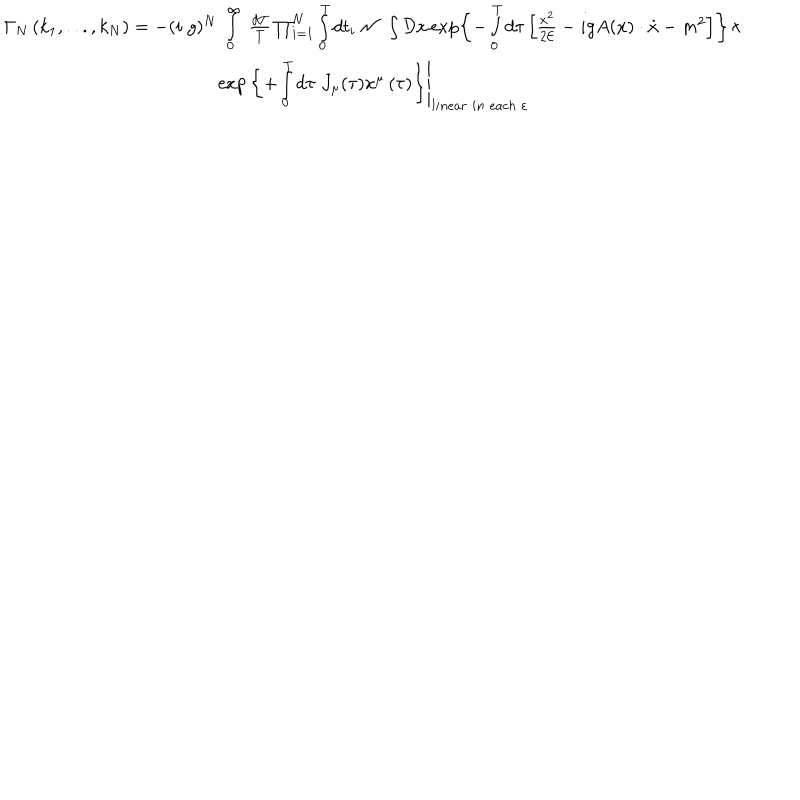
LaTeX: \begin{array} { c } { { \Gamma _ { N } \left( k _ { 1 } , . . . , k _ { N } \right) = - ( i \; g ) ^ { N } \; \int _ { 0 } ^ { \infty } \; \frac { d T } T \prod _ { i = 1 } ^ { N } \int _ { 0 } ^ { T } d t _ { i } \; { \cal N \; } \int { \cal D } x \exp \left\{ - \int _ { 0 } ^ { T } d \tau \left[ \frac { \dot { x } ^ { 2 } } { 2 { \cal E } } - i g A ( x ) \cdot \dot { x } - m ^ { 2 } \right] \right\} \times } } \\ { { \exp \left. \left\{ + \int _ { 0 } ^ { T } d \tau \; J _ { \mu } ( \tau ) x ^ { \mu } \left( \tau \right) \right\} \right| _ { l i n e a r \; i n \; e a c h \; \varepsilon } } } \\ \end{array}